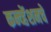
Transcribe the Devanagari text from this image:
कन्व्हेंशनचे